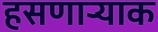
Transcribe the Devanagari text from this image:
हसणार्‍याक